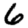
Digit: 6